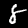
Digit: 8